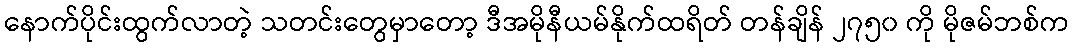
နောက်ပိုင်းထွက်လာတဲ့ သတင်းတွေမှာတော့ ဒီအမိုနီယမ်နိုက်ထရိတ် တန်ချိန် ၂၇၅၀ ကို မိုဇမ်ဘစ်က